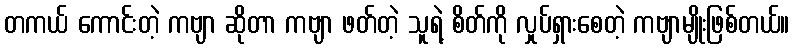
တကယ် ကောင်းတဲ့ ကဗျာ ဆိုတာ ကဗျာ ဖတ်တဲ့ သူရဲ့ စိတ်ကို လှုပ်ရှားစေတဲ့ ကဗျာမျိုးဖြစ်တယ်။